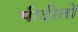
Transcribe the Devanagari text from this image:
पीदीतों